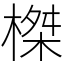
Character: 榤